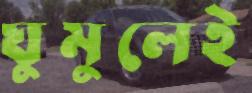
ঘুমুলেই